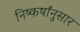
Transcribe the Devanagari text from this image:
निष्कर्षांनुसार